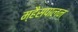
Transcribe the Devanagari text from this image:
म्हैसपालन